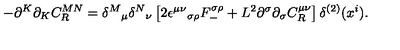
- \partial ^ { K } \partial _ { K } C _ { R } ^ { M N } = { \delta ^ { M } } _ { \mu } { \delta ^ { N } } _ { \nu } \left[ 2 \epsilon ^ { \mu \nu } { } _ { \sigma \rho } F _ { - } ^ { \sigma \rho } + L ^ { 2 } \partial ^ { \sigma } \partial _ { \sigma } C _ { R } ^ { \mu \nu } \right] \delta ^ { ( 2 ) } ( x ^ { i } ) .